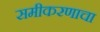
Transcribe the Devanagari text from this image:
समीकरणाचा